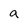
Character: a